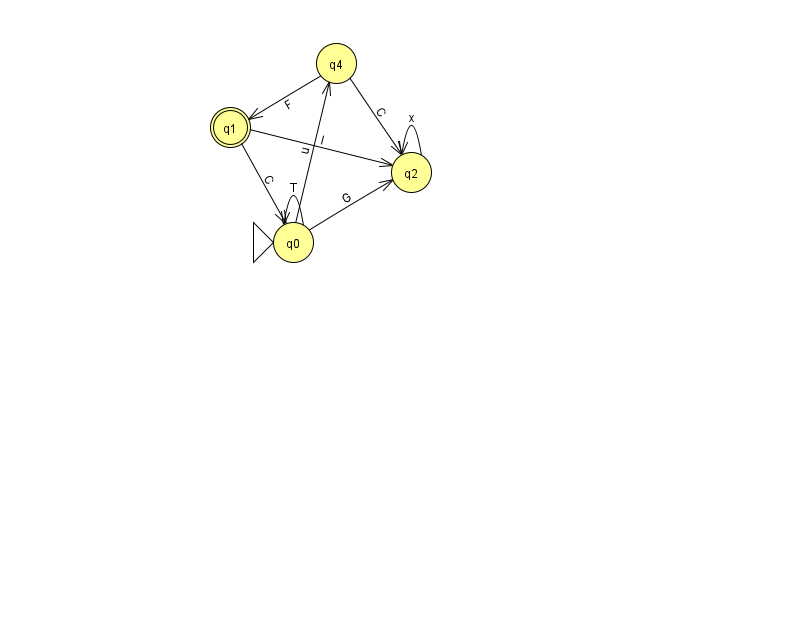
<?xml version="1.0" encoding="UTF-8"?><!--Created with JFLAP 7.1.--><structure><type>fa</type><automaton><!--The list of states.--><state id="0" name="q0"><x>293.0</x><y>229.0</y><initial/></state><state id="1" name="q1"><x>230.0</x><y>114.0</y><final/></state><state id="2" name="q2"><x>411.0</x><y>159.0</y></state><state id="4" name="q4"><x>336.0</x><y>50.0</y></state><!--The list of transitions.--><transition><from>4</from><to>1</to><read>F</read></transition><transition><from>0</from><to>0</to><read>T</read></transition><transition><from>4</from><to>2</to><read>C</read></transition><transition><from>0</from><to>2</to><read>G</read></transition><transition><from>1</from><to>2</to><read>I</read></transition><transition><from>2</from><to>2</to><read>x</read></transition><transition><from>0</from><to>4</to><read>u</read></transition><transition><from>1</from><to>0</to><read>C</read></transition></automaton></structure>